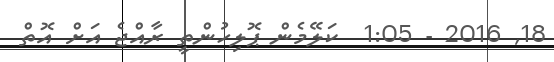
18